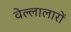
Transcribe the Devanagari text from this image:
वेल्लालारों